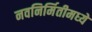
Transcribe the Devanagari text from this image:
नवनिर्मितीमध्‍ये